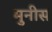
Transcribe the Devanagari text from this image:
मुनीस